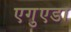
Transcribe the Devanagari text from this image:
एगुएडा